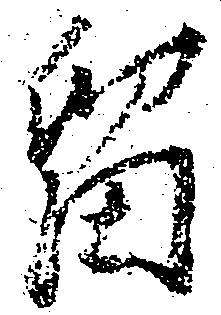
留